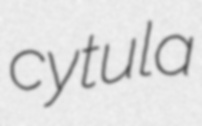
cytula